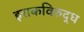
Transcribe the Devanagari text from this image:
इराकविरुद्ध